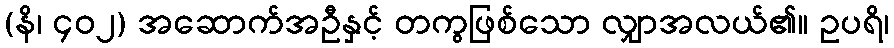
(နိ၊ ၄၀၂) အဆောက်အဦနှင့် တကွဖြစ်သော လျှာအလယ်၏။ ဥပရိ၊